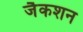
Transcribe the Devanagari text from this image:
जैकशन